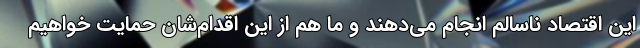
این اقتصاد ناسالم انجام می‌دهند و ما هم از این اقدام‌شان حمایت خواهیم